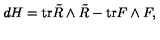
d H = \mathrm { t r } \tilde { R } \wedge \tilde { R } - \mathrm { t r } F \wedge F ,